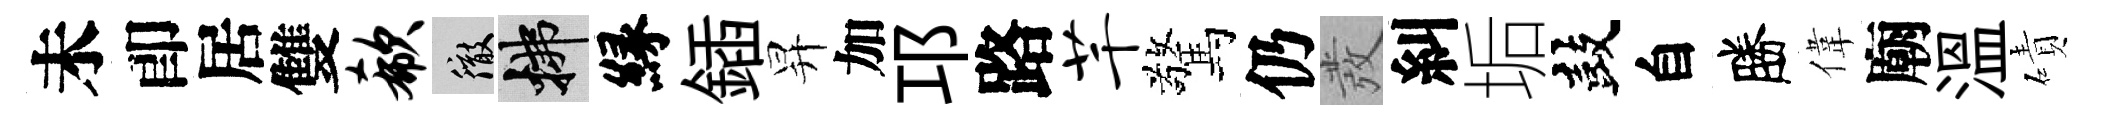
未卽居雙欷徹拂縁鍤昇加邛路芊驚仍發糾垢鼓自勝偉廟溫磧